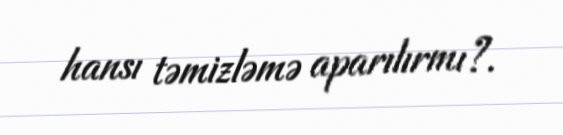
hansı təmizləmə aparılırmı?.